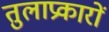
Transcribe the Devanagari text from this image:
तुलाप्रकारों